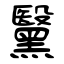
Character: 黳